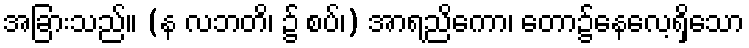
အခြားသည်။ (န လဘတိ၊ ၌ စပ်၊) အာရညိကော၊ တော၌နေလေ့ရှိသော